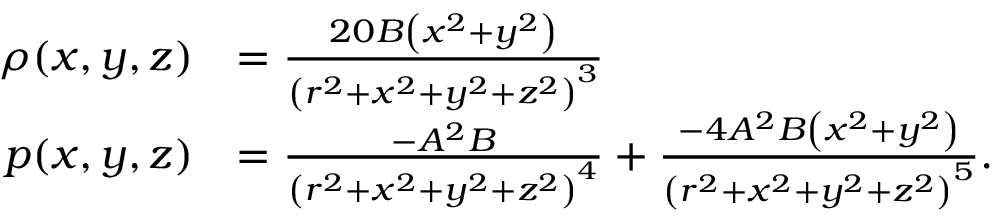
{ \begin{array} { r l } { \rho ( x , y , z ) } & { = { \frac { 2 0 B \left( x ^ { 2 } + y ^ { 2 } \right) } { \left( r ^ { 2 } + x ^ { 2 } + y ^ { 2 } + z ^ { 2 } \right) ^ { 3 } } } } \\ { p ( x , y , z ) } & { = { \frac { - A ^ { 2 } B } { \left( r ^ { 2 } + x ^ { 2 } + y ^ { 2 } + z ^ { 2 } \right) ^ { 4 } } } + { \frac { - 4 A ^ { 2 } B \left( x ^ { 2 } + y ^ { 2 } \right) } { \left( r ^ { 2 } + x ^ { 2 } + y ^ { 2 } + z ^ { 2 } \right) ^ { 5 } } } . } \end{array} }